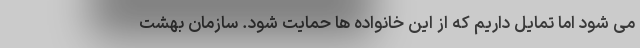
می شود اما تمایل داریم که از این خانواده ها حمایت شود. سازمان بهشت